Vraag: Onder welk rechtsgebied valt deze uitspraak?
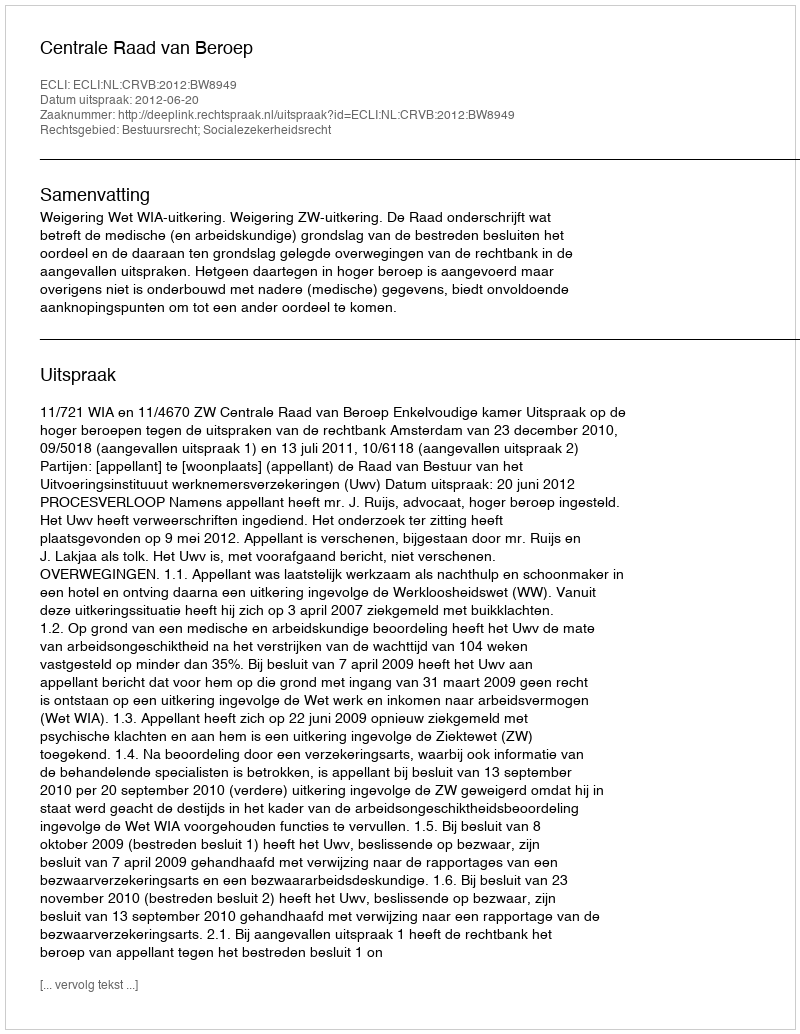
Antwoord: Bestuursrecht; Socialezekerheidsrecht